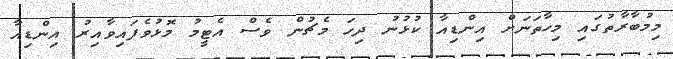
މިމުބާރާތުގައި މިހާތަނަށް އިންޑިއާ ކުޅުނު ދިހަ މެޗުން ވެސް އެޓީމު މޮޅުވެފައިވާއިރު އިންޑިއާ